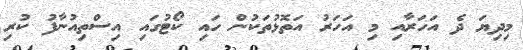
މިދިޔަ ދެ އަހަރާއި މި އަހަރު އަތޮޅުތަކުން ހައި ކޯޓުގައި އިސްތިއުނާފު ކުރި